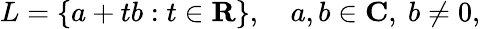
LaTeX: L=\{ a+tb:t\in\mathbf{R}\} ,\quad a,b\in\mathbf{C},\ b\neq 0,